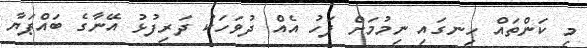
މި ކަންތައް ހިނގައި ނިމުމަށް ފަހު އެއް ދުވަހަކު ދަރިފުޅު އޭނާގެ ބައްޕަޔާ